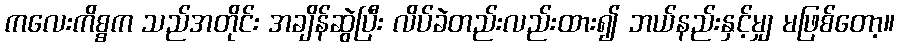
ကလေးကိစ္စက သည်အတိုင်း အချိန်ဆွဲပြီး လိပ်ခဲတည်းလည်းထား၍ ဘယ်နည်းနှင့်မျှ မဖြစ်တော့။